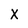
Character: X